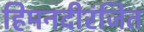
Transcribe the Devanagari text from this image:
हिमनदीरंजित